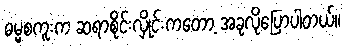
ဓမ္မစကူးက ဆရာစိုင်းလှိုင်းကတော့ အခုလိုပြောပါတယ်။